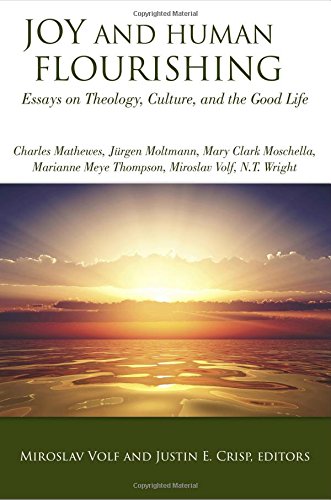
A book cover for Joy and Human Flourishing: Essays on Theology, Culture and the Good Life; Miroslav Volf; Christian Books & Bibles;